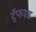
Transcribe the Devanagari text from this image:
ट्रॅफरड